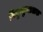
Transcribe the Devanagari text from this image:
विद्युच्छुचालक